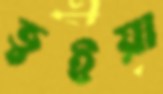
ভুইয়া